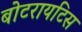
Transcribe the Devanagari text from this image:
बोटरायटिस